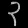
Digit: ၃